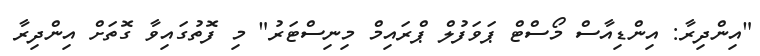
"އިންދިރާ: އިންޑިއާސް މޯސްޓް ޕަވަފުލް ޕްރައިމް މިނިސްޓަރު" މި ފޮތުގައިވާ ގޮތަށް އިންދިރާ